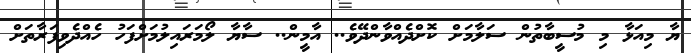
ޔާ މިއަޅާ މި މުސީބާތުން ސަލާމަށް ކޮށްދެއްވާންދޭވެ.. އާމީން.. ސާޔާ ލޯމަރައިލުމަށްފަހު ހެއްދެވިފަރާތަށް